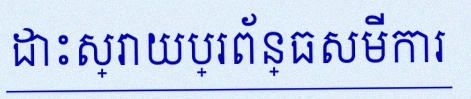
ដោះស្រាយប្រព័ន្ធសមីការ